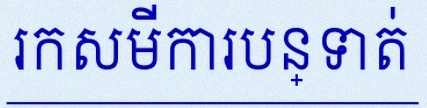
រកសមីការបន្ទាត់